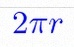
2\pi r